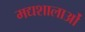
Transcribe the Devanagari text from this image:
मद्यशालाओं